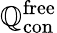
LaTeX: \boldsymbol{\mathbb{Q}}_{\mathrm{{con}}}^{\mathrm{{free}}}